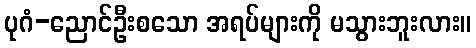
ပုဂံ-ညောင်ဦးစသော အရပ်များကို မသွားဘူးလား။